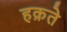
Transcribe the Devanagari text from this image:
हक्रते